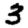
Digit: 3